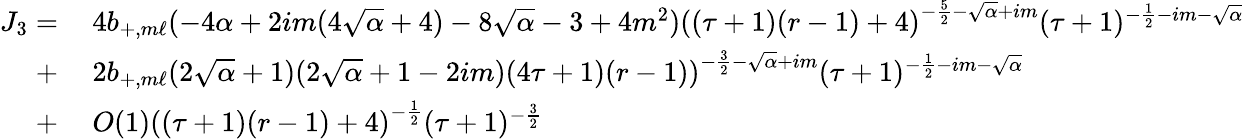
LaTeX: \begin{array}{rl}{J_{3}=}&{\: 4b_{+,m\ell}(-4\alpha+2im(4\sqrt{\alpha}+4)-8\sqrt{\alpha}-3+4m^{2})\left((\tau+1)(r-1)+4\right)^{-\frac{5}{2}-\sqrt{\alpha}+im}(\tau+1)^{-\frac{1}{2}-im-\sqrt{\alpha}}}\\ {+}&{\: 2b_{+,m\ell}(2\sqrt{\alpha}+1)(2\sqrt{\alpha}+1-2im)\left(4\tau+1)(r-1)\right)^{-\frac{3}{2}-\sqrt{\alpha}+im}(\tau+1)^{-\frac{1}{2}-im-\sqrt{\alpha}}}\\ {+}&{\: O(1)\left((\tau+1)(r-1)+4\right)^{-\frac{1}{2}}(\tau+1)^{-\frac{3}{2}}}\end{array}